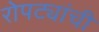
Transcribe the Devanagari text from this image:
रोपट्यांची